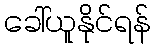
ခေါ်ယူနိုင်ရန်